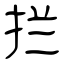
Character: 拦